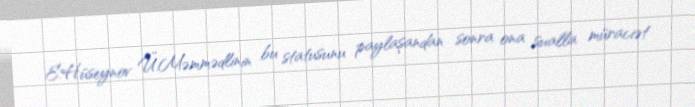
E.Hüseynov Ü.Məmmədlinin bu statusunu paylaşandan sonra ona sualla müraciət